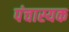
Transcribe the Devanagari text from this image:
पंचास्यक